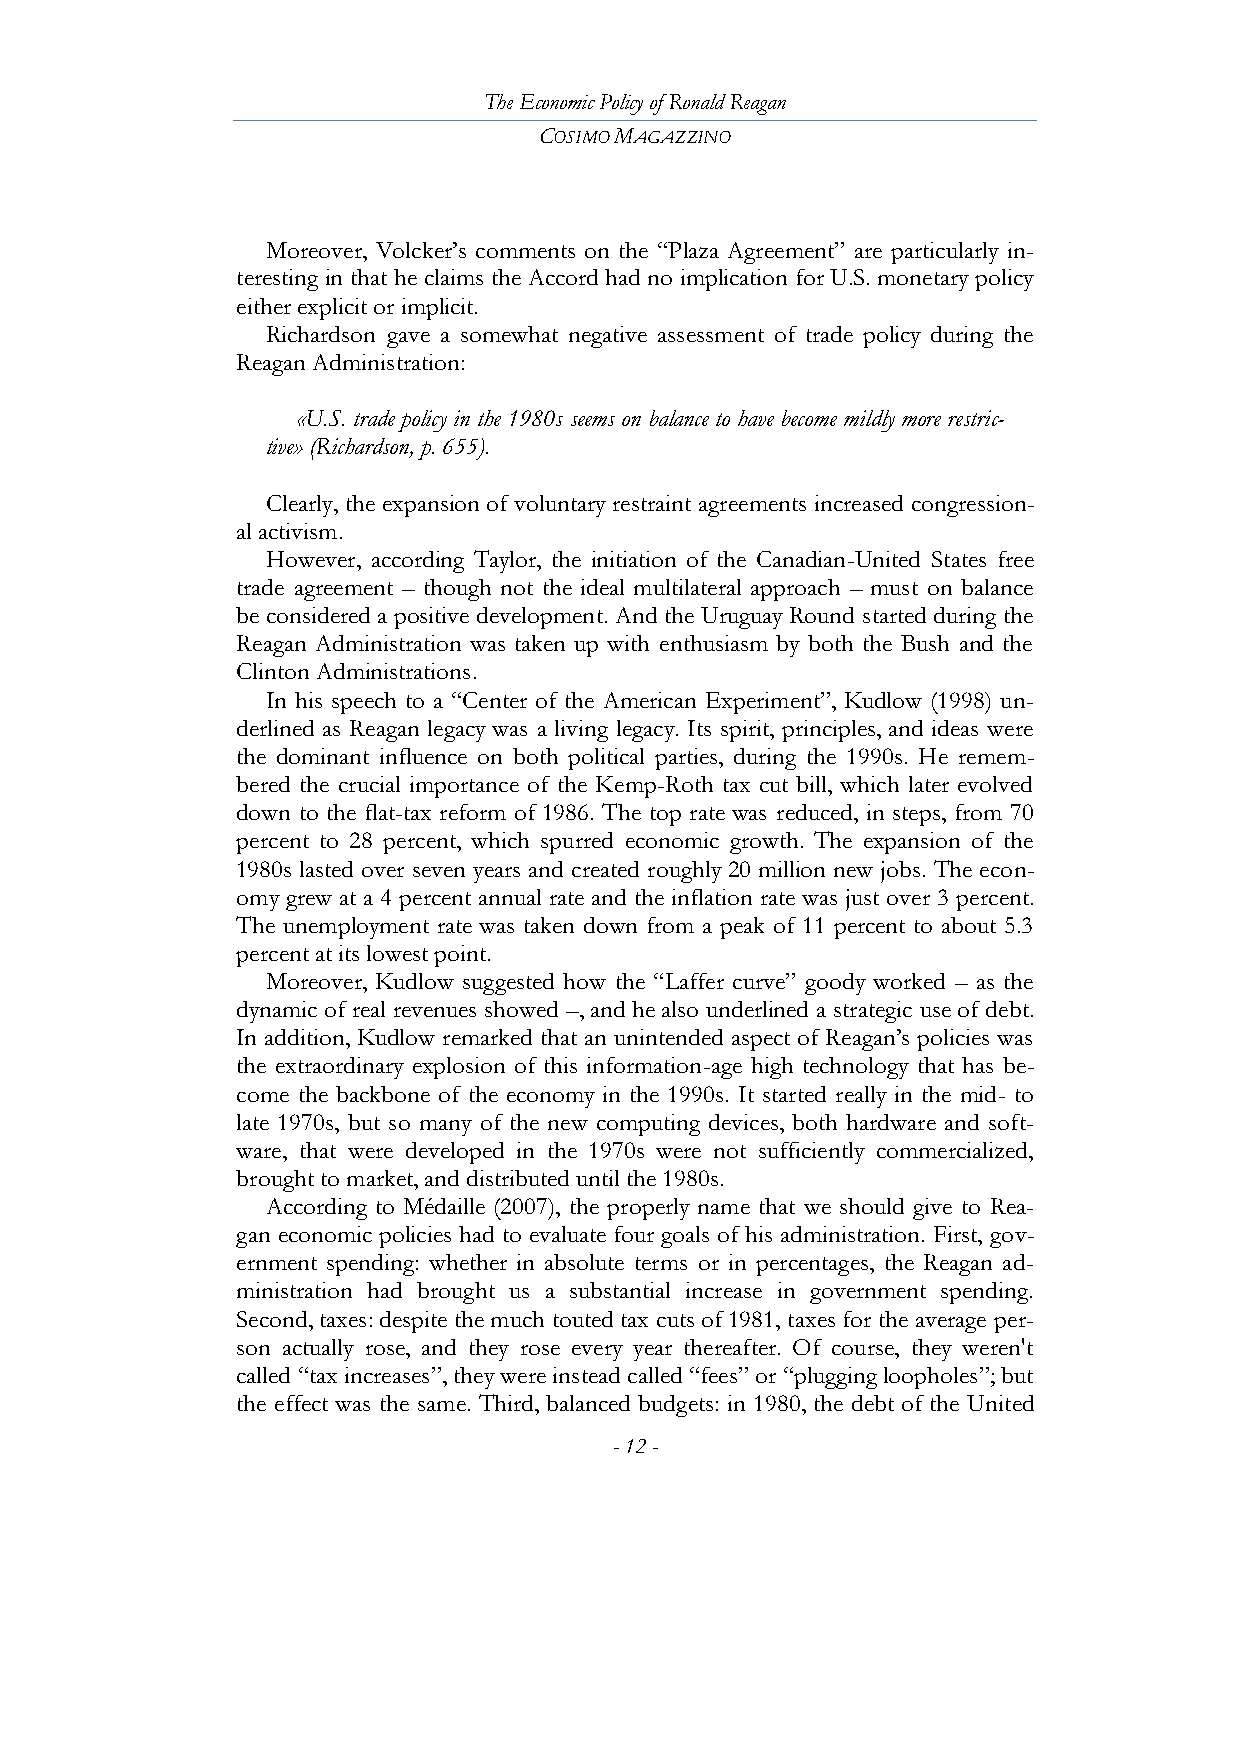
The Economic Policy of Ronald Reagan
 COSIMO MAGAZZINO
 Moreover, Volcker’s comments on the ―Plaza Agreement‖ are particularly in-
 teresting in that he claims the Accord had no implication for U.S. monetary policy
 either explicit or implicit.
 Richardson gave a somewhat negative assessment of trade policy during the
 Reagan Administration:
 «U.S. trade policy in the 1980s seems on balance to have become mildly more restric-
 tive» (Richardson, p. 655).
 Clearly, the expansion of voluntary restraint agreements increased congression-
 al activism.
 However, according Taylor, the initiation of the Canadian-United States free
 trade agreement – though not the ideal multilateral approach – must on balance
 be considered a positive development. And the Uruguay Round started during the
 Reagan Administration was taken up with enthusiasm by both the Bush and the
 Clinton Administrations.
 In his speech to a ―Center of the American Experiment‖, Kudlow (1998) un-
 derlined as Reagan legacy was a living legacy. Its spirit, principles, and ideas were
 the dominant influence on both political parties, during the 1990s. He remem-
 bered the crucial importance of the Kemp-Roth tax cut bill, which later evolved
 down to the flat-tax reform of 1986. The top rate was reduced, in steps, from 70
 percent to 28 percent, which spurred economic growth. The expansion of the
 1980s lasted over seven years and created roughly 20 million new jobs. The econ-
 omy grew at a 4 percent annual rate and the inflation rate was just over 3 percent.
 The unemployment rate was taken down from a peak of 11 percent to about 5.3
 percent at its lowest point.
 Moreover, Kudlow suggested how the ―Laffer curve‖ goody worked – as the
 dynamic of real revenues showed –, and he also underlined a strategic use of debt.
 In addition, Kudlow remarked that an unintended aspect of Reagan’s policies was
 the extraordinary explosion of this information-age high technology that has be-
 come the backbone of the economy in the 1990s. It started really in the mid- to
 late 1970s, but so many of the new computing devices, both hardware and soft-
 ware, that were developed in the 1970s were not sufficiently commercialized,
 brought to market, and distributed until the 1980s.
 According to Médaille (2007), the properly name that we should give to Rea-
 gan economic policies had to evaluate four goals of his administration. First, gov-
 ernment spending: whether in absolute terms or in percentages, the Reagan ad-
 ministration had brought us a substantial increase in government spending.
 Second, taxes: despite the much touted tax cuts of 1981, taxes for the average per-
 son actually rose, and they rose every year thereafter. Of course, they weren't
 called ―tax increases‖, they were instead called ―fees‖ or ―plugging loopholes‖; but
 the effect was the same. Third, balanced budgets: in 1980, the debt of the United
 - 12 -